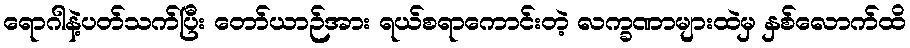
ရောဂါနဲ့ပတ်သက်ပြီး တော်ယာဉ်အား ရယ်စရာကောင်းတဲ့ လက္ခဏာများထဲမှ နှစ်လောက်ထိ